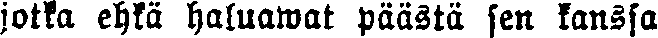
jotka ehkä haluaeat päästä sen kanssa